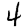
Digit: 4